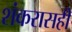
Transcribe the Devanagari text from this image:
शंकरासही